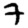
Digit: 7